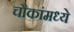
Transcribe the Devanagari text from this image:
चौकांमध्ये